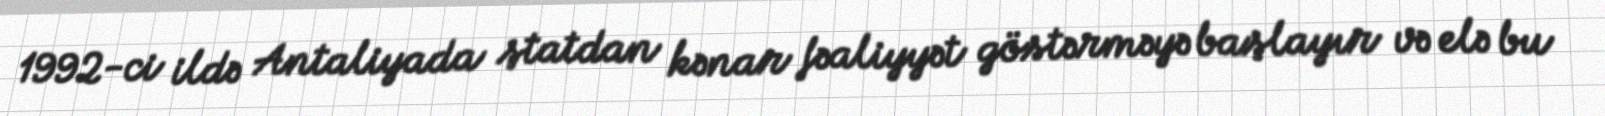
1992-ci ildə Antaliyada ştatdan kənar fəaliyyət göstərməyə başlayır və elə bu